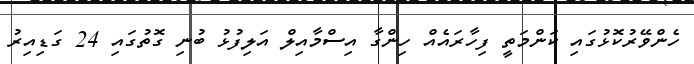
ހެންވޭރުކޮޅުގައި ކަންމަތީ ފިހާރައެއް ހިންގާ އިސްމާއިލް އަލިފުޅު ބުނި ގޮތުގައި 24 ގަޑިއިރު